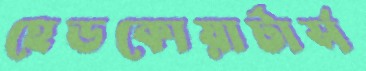
হেডকোয়ার্টার্স